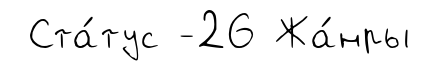
Ста́тус -26 Жа́нры